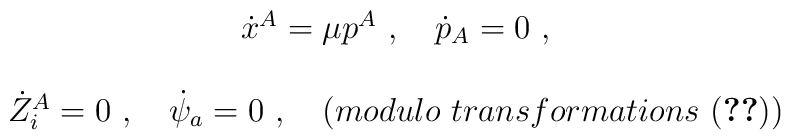
\begin{array}{c}\dot x^A=\mu p^A\ ,\quad \dot p_A=0\ , \\\\\dot Z_i^A=0\ ,\quad \dot \psi _a=0\ ,\quad (modulo\ transformations\ (\ref{eqrel}))\end{array}